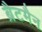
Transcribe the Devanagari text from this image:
ब्रैटमैन